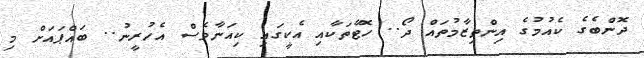
ދޮންބެގެ ކެއުމުގެ އިންތިޒާމުތައް ދޯ.. ހޮޓާތަކާއި އެކީގައި ކިއަނާވެސް އެހުރީނު.. ބައްޕައަށް މި